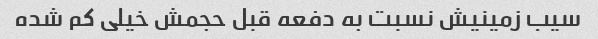
سیب زمینیش نسبت به دفعه قبل حجمش خیلی کم شده